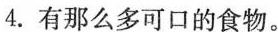
4.有那么多可口的食物。